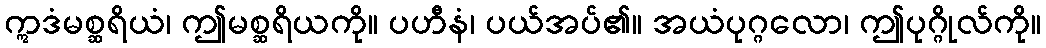
ဣဒံမစ္ဆရိယံ၊ ဤမစ္ဆရိယကို။ ပဟီနံ၊ ပယ်အပ်၏။ အယံပုဂ္ဂလော၊ ဤပုဂ္ဂိုလ်ကို။